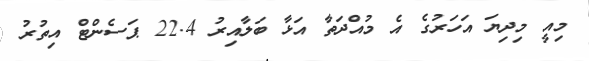
މިއީ މިދިޔަ އަހަރުގެ އެ މުއްދަތާ އަޅާ ބަލާއިރު 22.4 ޕަސެންޓް އިތުރު